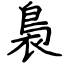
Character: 裊